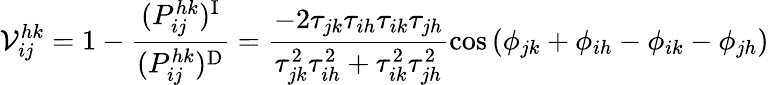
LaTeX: \mathcal{V}_{ij}^{hk}=1-\frac{(P_{ij}^{hk})^{\mathrm{I}}}{(P_{ij}^{hk})^{\mathrm{D}}}=\frac{-2\tau_{jk}\tau_{ih}\tau_{ik}\tau_{jh}}{\tau_{jk}^{2}\tau_{ih}^{2}+\tau_{ik}^{2}\tau_{jh}^{2}}\cos\left(\phi_{jk}+\phi_{ih}-\phi_{ik}-\phi_{jh}\right)